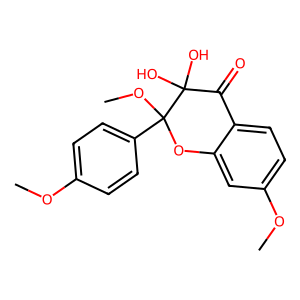
SMILES: COc1ccc(C2(OC)Oc3cc(OC)ccc3C(=O)C2(O)O)cc1
Inhibits HIV replication: No